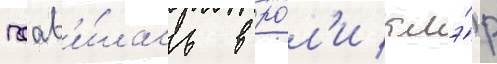
поав'и́лась в ро́л'и клэ́р